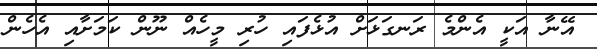
އޭނާ އަކީ އެންމެ ރަނގަޅަށް އުޅެފައި ހުރި މީހެއް ނޫން ކަމަށާއި އެހެން